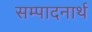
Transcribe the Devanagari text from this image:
सम्पादनार्थ